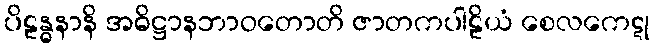
ပိဠန္ဓနာနိ အဓိဋ္ဌာနဘာဝတောတိ ဇာတကပါဠိယံ စေလကေဋု